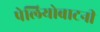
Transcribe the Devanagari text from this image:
पेलियोबाटनी